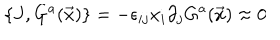
LaTeX: \{ J , G ^ { a } ( \vec { x } ) \} = - \epsilon _ { i j } x _ { i } \partial _ { j } G ^ { a } ( \vec { x } ) \approx 0